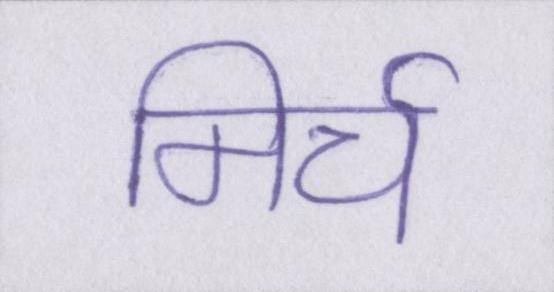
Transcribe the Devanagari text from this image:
मिर्च